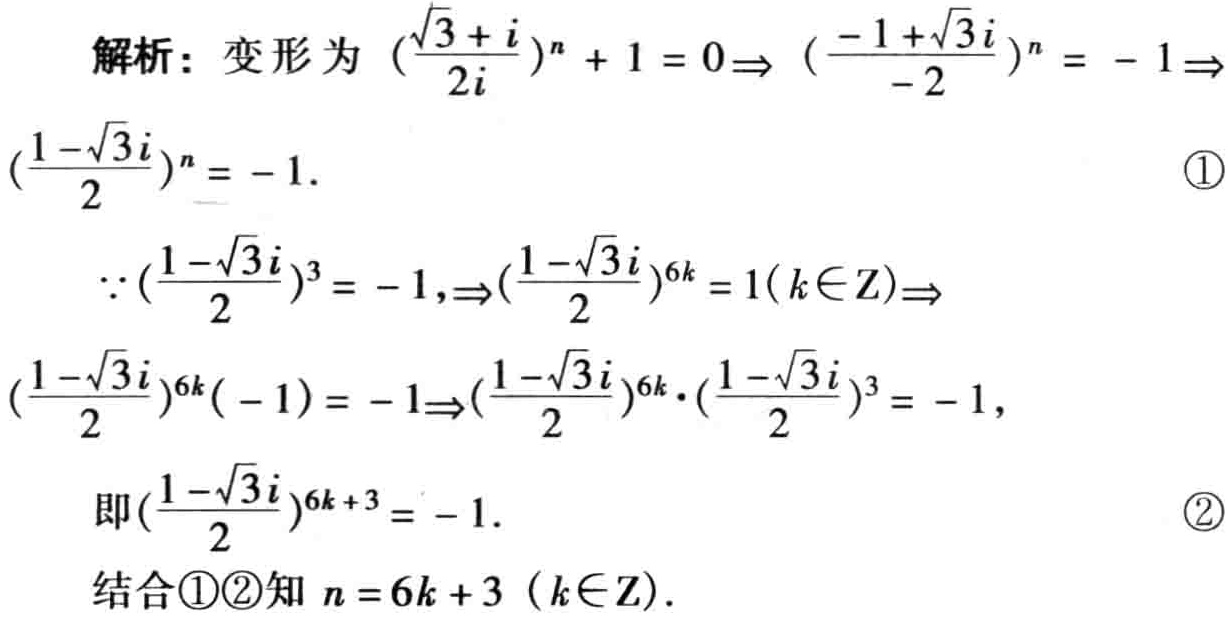
解析：变形为\((\frac{\sqrt{3}+i}{2i})^n + 1 = 0\Rightarrow (\frac{-1+\sqrt{3}i}{-2})^n = - 1\Rightarrow (\frac{1-\sqrt{3}i}{2})^n = - 1.\quad\textcircled{1}\)

\(\because (\frac{1-\sqrt{3}i}{2})^3 = - 1,\Rightarrow (\frac{1-\sqrt{3}i}{2})^{6k} = 1(k\in \mathbb{Z})\Rightarrow\)

\((\frac{1-\sqrt{3}i}{2})^{6k}(- 1) = - 1\Rightarrow (\frac{1-\sqrt{3}i}{2})^{6k}\cdot (\frac{1-\sqrt{3}i}{2})^3 = - 1,\)

即\((\frac{1-\sqrt{3}i}{2})^{6k + 3} = - 1.\quad\textcircled{2}\)

结合\textcircled{1}\textcircled{2}知 \(n = 6k + 3\) (\(k\in \mathbb{Z}\)).